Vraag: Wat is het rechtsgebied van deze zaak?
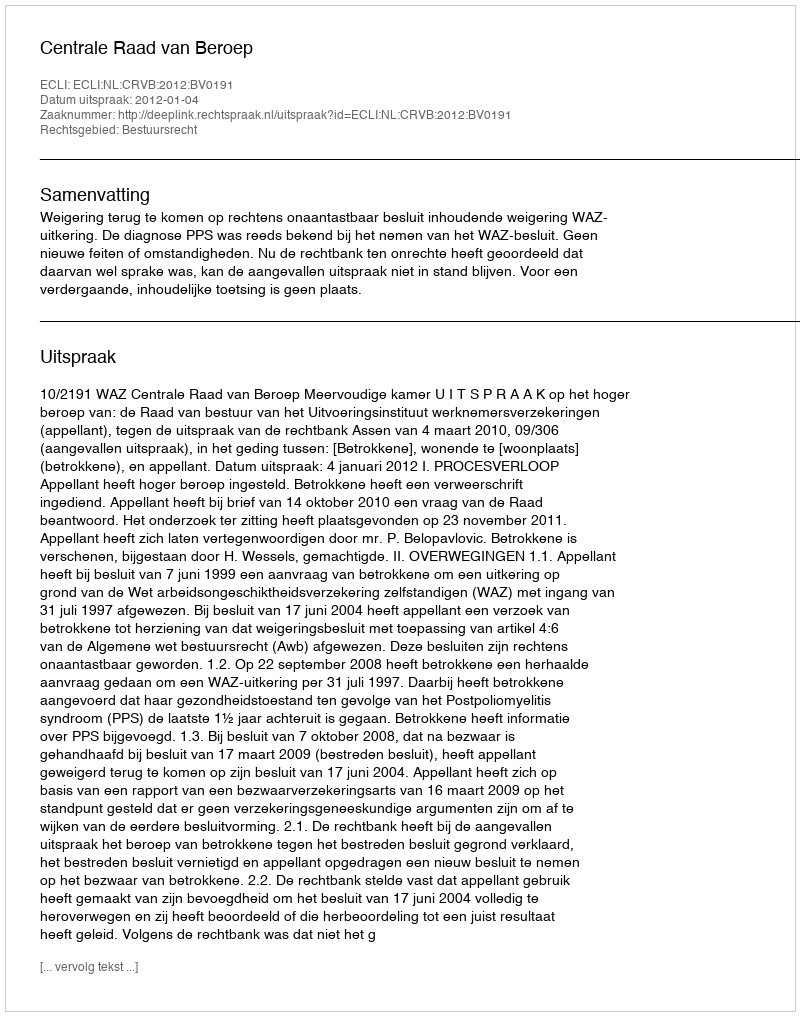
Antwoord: Bestuursrecht